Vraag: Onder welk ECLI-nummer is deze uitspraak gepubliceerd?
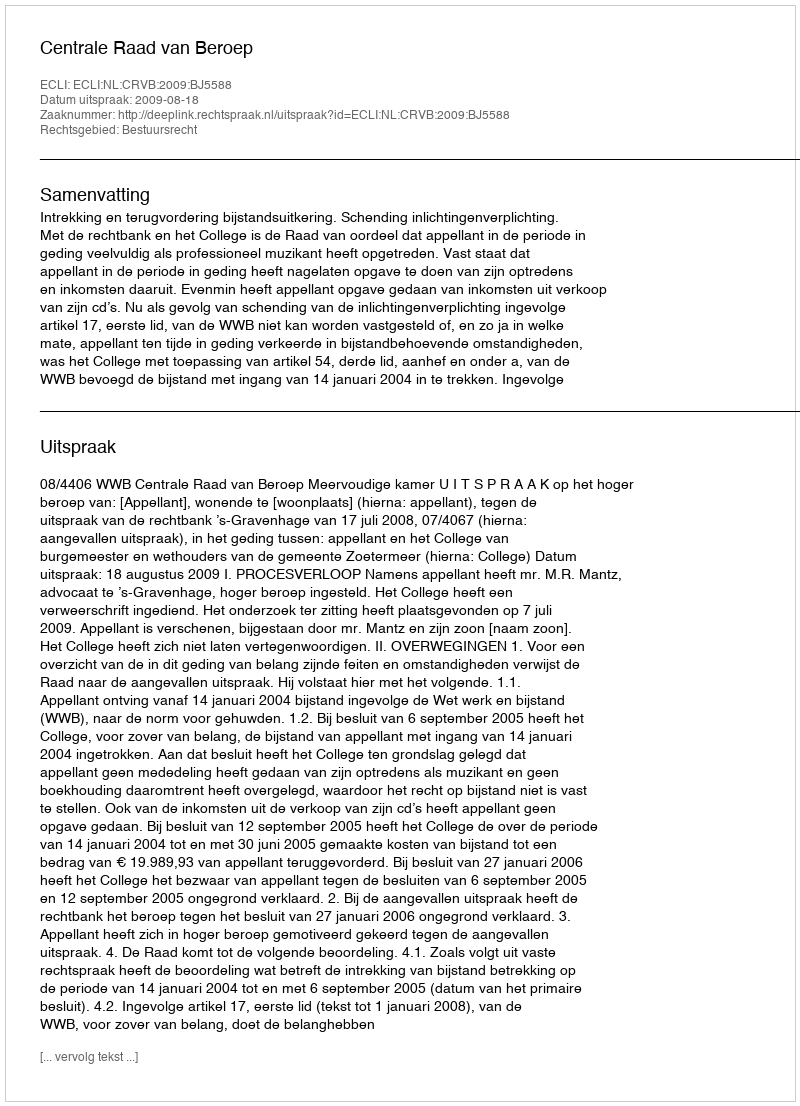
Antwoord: ECLI:NL:CRVB:2009:BJ5588